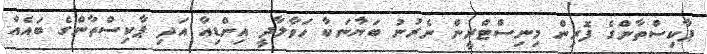
ޕާކިސްތާންގެ ފޮރިން މިނިސްޓްރީން ނެރުނު ބަޔާނަކާ ހަވާލާދީ އިންޑިއާ އަދި ޕާކިސްތާންގެ ބައެއް